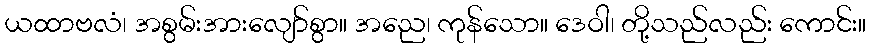
ယထာဗလံ၊ အစွမ်းအားလျော်စွာ။ အညေ၊ ကုန်သော။ ဒေဝါ၊ တို့သည်လည်း ကောင်း။